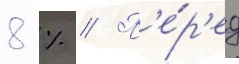
8 % // П'е́р'ед